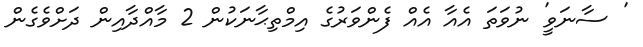
' ސާނަވީ' ނުވަތަ އެއާ އެއް ފެންވަރުގެ އިމްތިޙާނަކުން 2 މާއްދާއިން ދަށްވެގެން